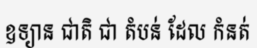
ឧទ្យាន ជាតិ ជា តំបន់ ដែល កំនត់